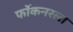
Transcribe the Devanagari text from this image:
फॉकनरला